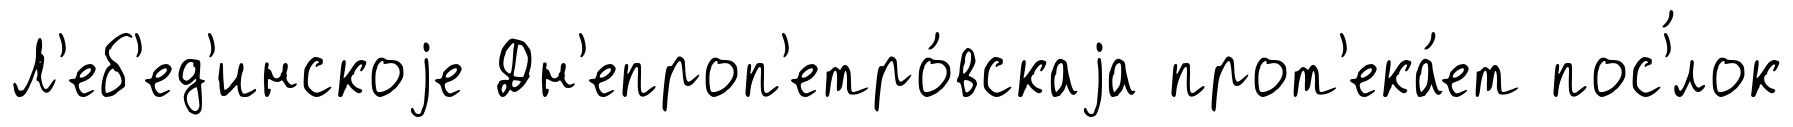
Л'еб'ед'инскоjе Дн'епроп'етро́вскаjа прот'ека́ет пос'́лок